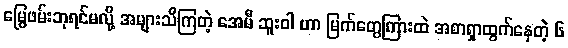
မြွေဖမ်းဘုရင်မလို့ အများသိကြတဲ့ အေမီ ဆူးဝါ ဟာ မြက်တွေကြားထဲ အစာရှာထွက်နေတဲ့ ၆